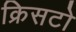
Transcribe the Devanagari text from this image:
क्रिसटो